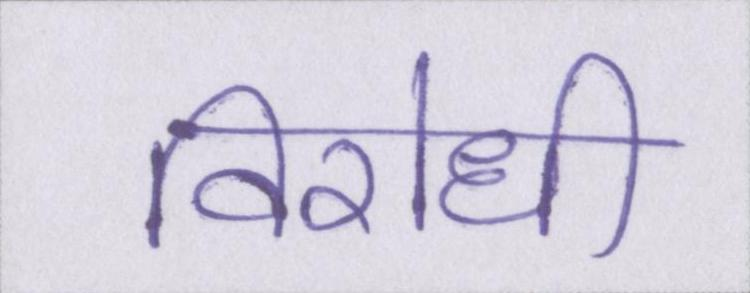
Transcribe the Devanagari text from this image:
विरोधी